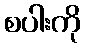
စပါးကို